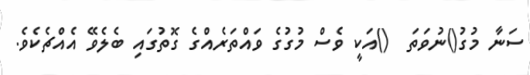
ސަނާ މުގު()ނުވަތަ  ()އަކީ ވެސް މުގުގެ ވައްތަރެއްގެ ގޮތުގައި ބެލެވޭ އެއްޗެކެވެ.